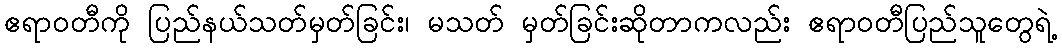
ဧရာဝတီကို ပြည်နယ်သတ်မှတ်ခြင်း၊ မသတ် မှတ်ခြင်းဆိုတာကလည်း ဧရာဝတီပြည်သူတွေရဲ့